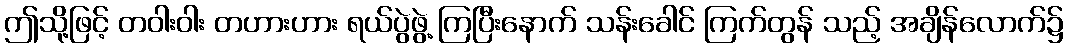
ဤသို့ဖြင့် တဝါးဝါး တဟားဟား ရယ်ပွဲဖွဲ့ ကြပြီးနောက် သန်းခေါင် ကြက်တွန် သည့် အချိန်လောက်၌